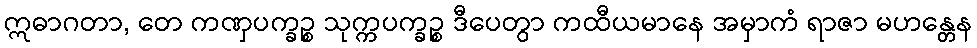
ဣဓာဂတာ, တေ ကဏှပက္ခဉ္စ သုက္ကပက္ခဉ္စ ဒီပေတွာ ကထီယမာနေ အမှာကံ ရာဇာ မဟန္တေန